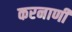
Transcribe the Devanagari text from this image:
करनाणी